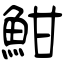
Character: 魽